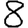
Digit: 8